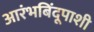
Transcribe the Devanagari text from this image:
आरंभबिंदूपाशी